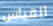
القياس